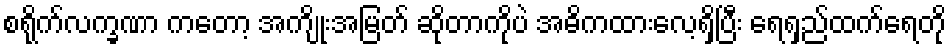
စရိုက်လက္ခဏာ ကတော့ အကျိုးအမြတ် ဆိုတာကိုပဲ အဓိကထားလေ့ရှိပြီး ရေရှည်ထက်ရေတို